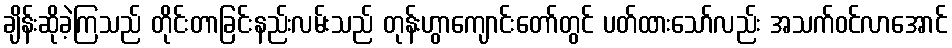
ချိန်းဆိုခဲ့ကြသည် တိုင်းတာခြင်းနည်းလမ်းသည် တုန်းဟွာကျောင်းတော်တွင် ပတ်ထားသော်လည်း အသက်ဝင်လာအောင်